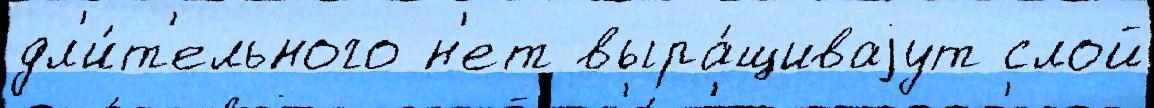
дл'и́т'ельного н'ет выра́щиваjут слой